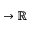
\to \mathbb { R }